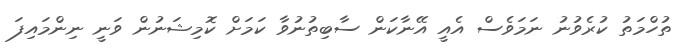
ތުހްމަތު ކުރެވުނު ނަމަވެސް އެއީ އޭނާކަން ސާބިތުނުވާ ކަމަށް ކޮމިޝަނުން ވަނީ ނިންމައިފަ